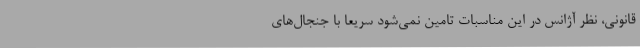
قانونی، نظر آژانس در این مناسبات تامین نمی‌شود سریعا با جنجال‌های